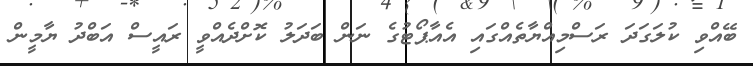
ބޭއްވި ކުލަގަދަ ރަސްމިއްޔާތެއްގައި އެއާޕޯޓުގެ ނަން ބަދަލު ކޮށްދެއްވީ ރައީސް އަބްދު ޔާމީން